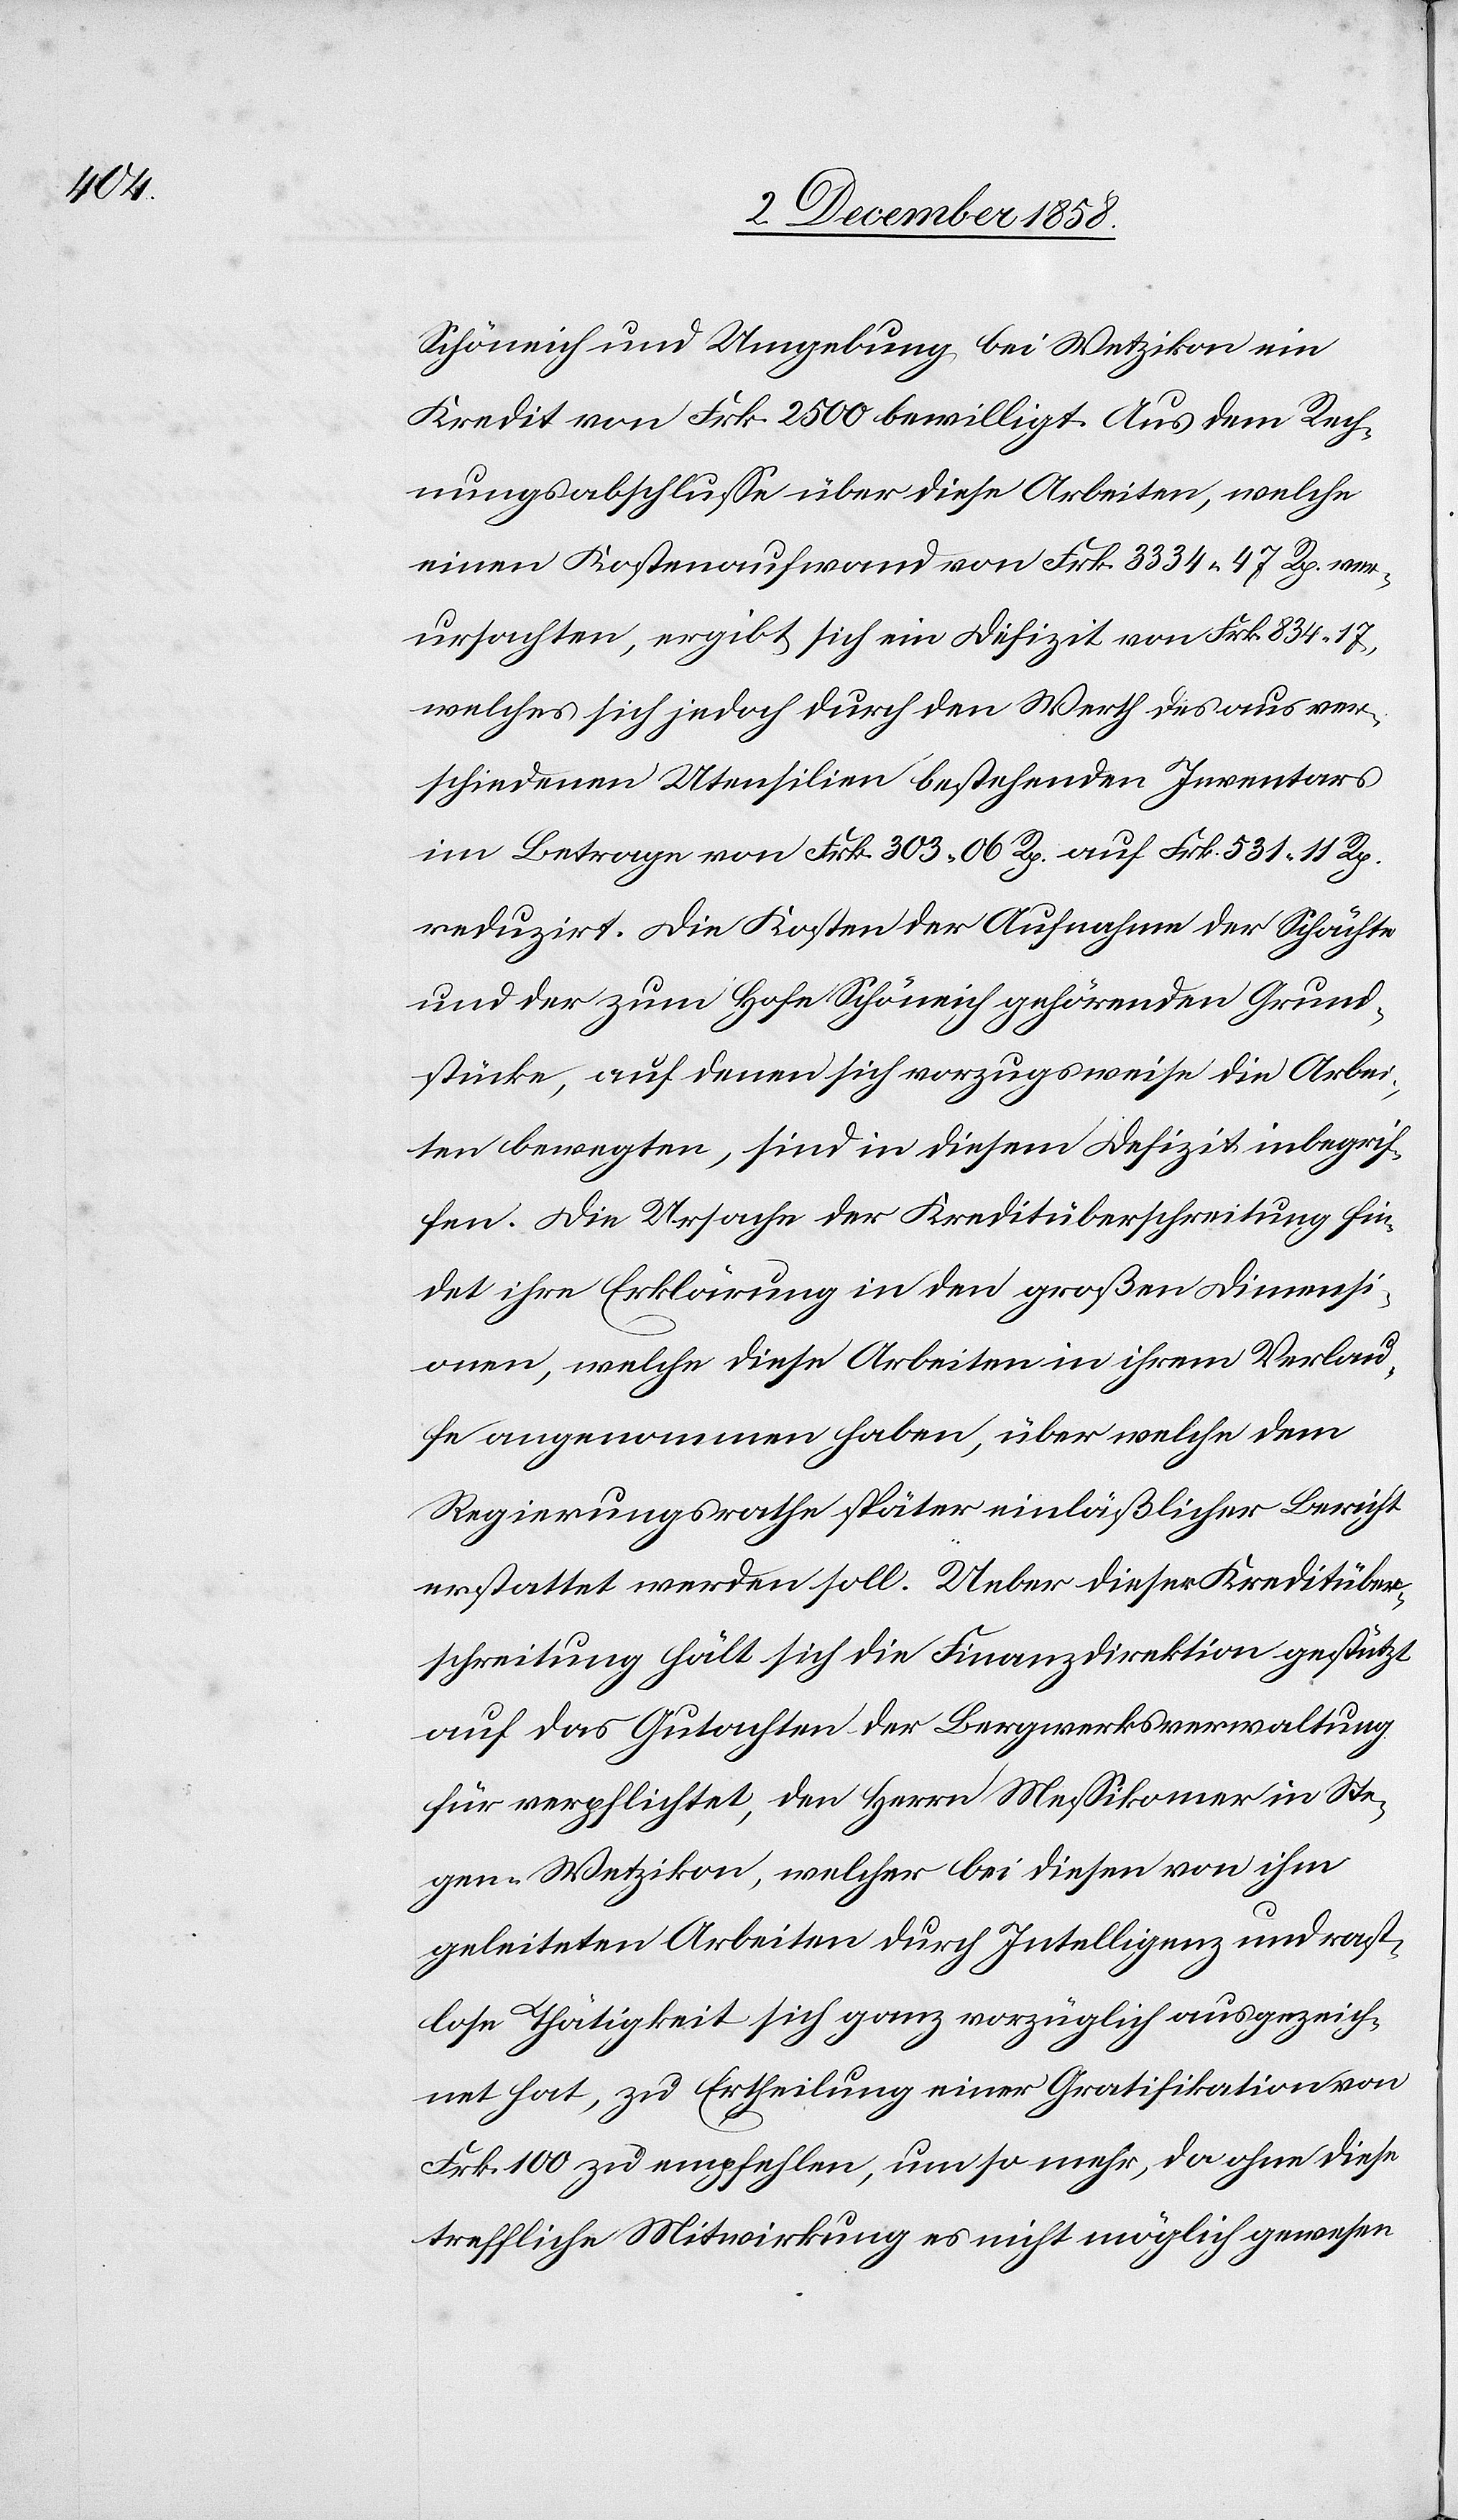
Schöneich und Umgebung bei Wetzikon ein
Kredit von Frk. 2500 bewilligt. Aus dem Rech¬
nungsabschlusse über diese Arbeiten, welche
einen Kostenaufwand von Frk. 3334 47 Rp. ver¬
ursachten, ergibt sich ein Defizit von Frk. 834. 17,
welches sich jedoch durch den Werth des aus ver¬
schiedenen Utensilien bestehenden Inventars
im Betrage von Frk. 303 06 Rp. auf Frk. 531 11 Rp.
reduzirt. Die Kosten der Aufnahme der Schächte
und der zum Hofe Schöneich gehörenden Grund¬
stücke, auf denen sich vorzugsweise die Arbei¬
ten bewegten, sind in diesem Defizit inbegrif¬
fen. Die Ursache der Kreditüberschreitung fin¬
det ihre Erklärung in den großen Dimensi¬
onen, welche diese Arbeiten in ihrem Verlau¬
fe angenommen haben, über welche dem
Regierungsrathe später einläßlicher Bericht
erstattet werden soll. Ueber dieser Kreditüber¬
schreitung hält sich die Finanzdirektion gestützt
auf das Gutachten der Bergwerksverwaltung
für verpflichtet, den Herrn Messikomer in Ste¬
gen-Wetzikon, welcher bei diesen von ihm
geleiteten Arbeiten durch Intelligenz und rast¬
lose Thätigkeit sich ganz vorzüglich ausgezeich¬
net hat, zu Ertheilung einer Gratifikation von
Frk. 100 zu empfehlen, um so mehr, da ohne diese
treffliche Mitwirkung es nicht möglich gewesen